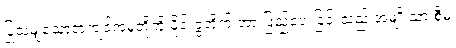
ပြုသမျှသောအကျင့်အမှုတို့ကို မိုင်းခွဲတိုက် အားဖြည့်ပေးခြင်းသည် အမျိုးသားစီမံ